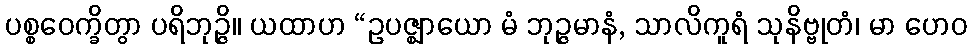
ပစ္စဝေက္ခိတွာ ပရိဘုဉ္ဇိ။ ယထာဟ “ဥပဇ္ဈာယော မံ ဘုဉ္ဇမာနံ, သာလိကူရံ သုနိဗ္ဗုတံ၊ မာ ဟေဝ